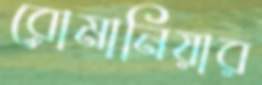
রোমানিয়ার